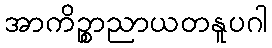
အာကိဉ္စာညာယတနူပဂါ